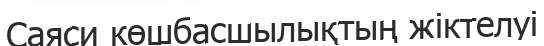
Саяси көшбасшылықтың жіктелуі